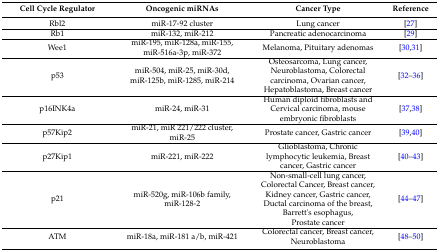
| Cell Cycle Regulator | Oncogenic miRNAs | Cancer Type | Reference |
 | --- | --- | --- | --- |
 | Rbl2 | miR-17-92 cluster | Lung cancer | [27] |
 | Rb1 | miR-132, miR-212 | Pancreatic adenocarcinoma | [29] |
 | Wee1 | miR-195, miR-128a, miR-155, miR-516a-3p, miR-372 | Melanoma, Pituitary adenomas | [30,31] |
 | p53 | miR-504, miR-25, miR-30d, miR-125b, miR-1285, miR-214 | Osteosarcoma, Lung cancer, Neuroblastoma, Colorectal carcinoma, Ovarian cancer, Hepatoblastoma, Breast cancer | [32,33,34,35,36] |
 | p16INK4a | miR-24, miR-31 | Human diploid fibroblasts and Cervical carcinoma, mouse embryonic fibroblasts | [37,38] |
 | p57Kip2 | miR-21, miR 221/222 cluster, miR-25 | Prostate cancer, Gastric cancer | [39,40] |
 | p27Kip1 | miR-221, miR-222 | Glioblastoma, Chronic lymphocytic leukemia, Breast cancer, Gastric cancer | [40,41,42,43] |
 | p21 | miR-520g, miR-106b family, miR-128-2 | Non-small-cell lung cancer, Colorectal Cancer, Breast cancer, Kidney cancer, Gastric cancer, Ductal carcinoma of the breast, Barrett's esophagus, Prostate cancer | [44,45,46,47] |
 | ATM | miR-18a, miR-181 a/b, miR-421 | Colorectal cancer, Breast cancer, Neuroblastoma | [48,49,50] |